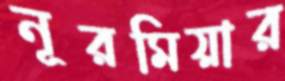
নূরমিয়ার